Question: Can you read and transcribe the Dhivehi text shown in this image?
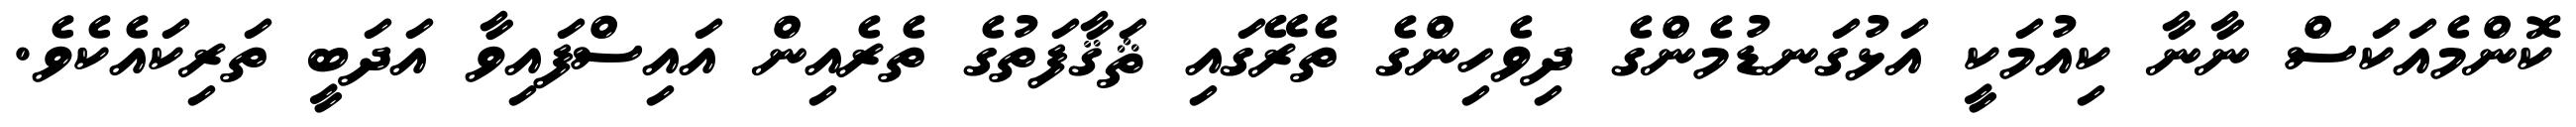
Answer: ކޮންމެއަކަސް ނާނާ ކިއުމަކީ އަޅުގަނޑުމެންގެ ދިވެހިންގެ ތެރޭގައި ޘަޤާފަތުގެ ތެރެއިން އައިސްފައިވާ އަދަބީ ތަރިކައެކެވެ.